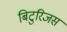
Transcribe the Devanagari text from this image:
बिटुरिजस